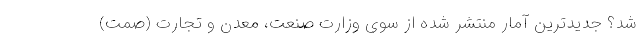
شد؟ جدیدترین آمار منتشر شده از سوی وزارت صنعت، معدن و تجارت (صمت)